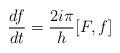
LaTeX: \begin{align*}\frac{df}{dt}=\frac{2i\pi }{h}[F,f]\end{align*}